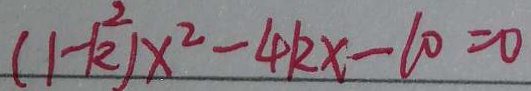
( 1 - k ^ { 2 } ) x ^ { 2 } - 4 k x - 1 0 = 0